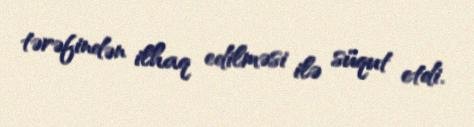
tərəfindən ilhaq edilməsi ilə süqut etdi.